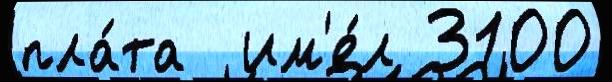
пла́та  им'е́л 3100